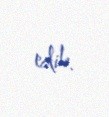
edib.